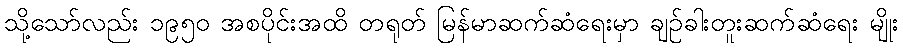
သို့သော်လည်း ၁၉၅၀ အစပိုင်းအထိ တရုတ် မြန်မာဆက်ဆံရေးမှာ ချဉ်ခါးတူးဆက်ဆံရေး မျိုး